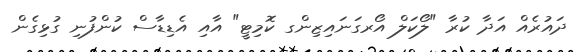
ދައުރެއް އަދާ ކުރާ "ލޯކަލް އޯރގަނައިޒިންގ ކޮމިޓީ" އާއި އެޑިޑާސް ކުންފުނި ގުޅިގެން